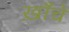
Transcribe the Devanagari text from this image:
ख़ाँचे